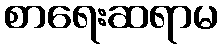
စာရေးဆရာမ